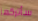
سأتركها